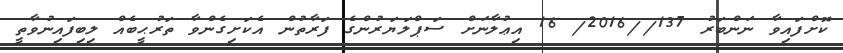
ކޮށްފައިވާ ނަންބަރު 137//2016/ 16 އިޢުލާނަށް ސަޕްލަޔަރުންގެ ފަރާތުން އެކަށިގެންވާ ތަރުޙީބެއް ލިބިފައިނުވާތީ